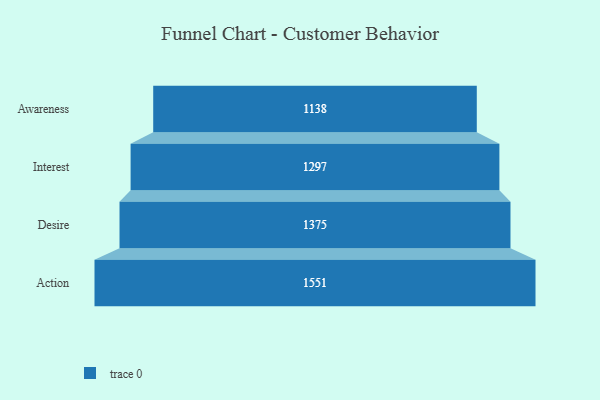
{"axis": {"x": "Stage", "y": "Value"}, "legend": [""], "data": [{"x": "Awareness", "y": 1138.0, "type": ""}, {"x": "Interest", "y": 1297.0, "type": ""}, {"x": "Desire", "y": 1375.0, "type": ""}, {"x": "Action", "y": 1551.0, "type": ""}]}